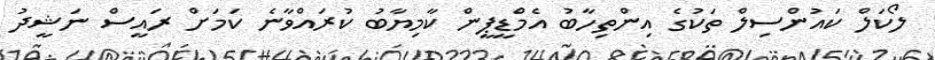
ލޯކަލް ކައުންސިލް ތަކުގެ އިންތިހާބު އެމްޑީޕީން ކާމިޔާބު ކުރައްވާނެ ކަމަށް ރައީސް ނަޝީދު